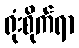
ရုံးစိုက်ရာ